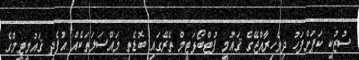
ސުޒުކީ ކަޕަށްފަހު ދިވެހިރާއްޖޭގެ ޤައުމީ ފުޓްބޯޅަޓީމް ތެރޭގައި ބޮޑެތި މައްސަލަތަކެއް އުފެދި ޤައުމީޓީމްގެ